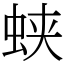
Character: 蛱